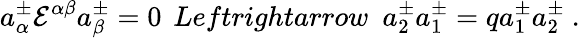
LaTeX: a_{\alpha}^{\pm}{\cal E}^{\alpha\beta}a_{\beta}^{\pm}=0\ \, Leftrightarrow\ \ a_{2}^{\pm}a_{1}^{\pm}=qa_{1}^{\pm}a_{2}^{\pm}\ .